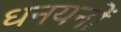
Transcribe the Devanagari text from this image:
धनयनों